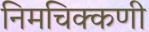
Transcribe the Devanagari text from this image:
निमचिक्कणी